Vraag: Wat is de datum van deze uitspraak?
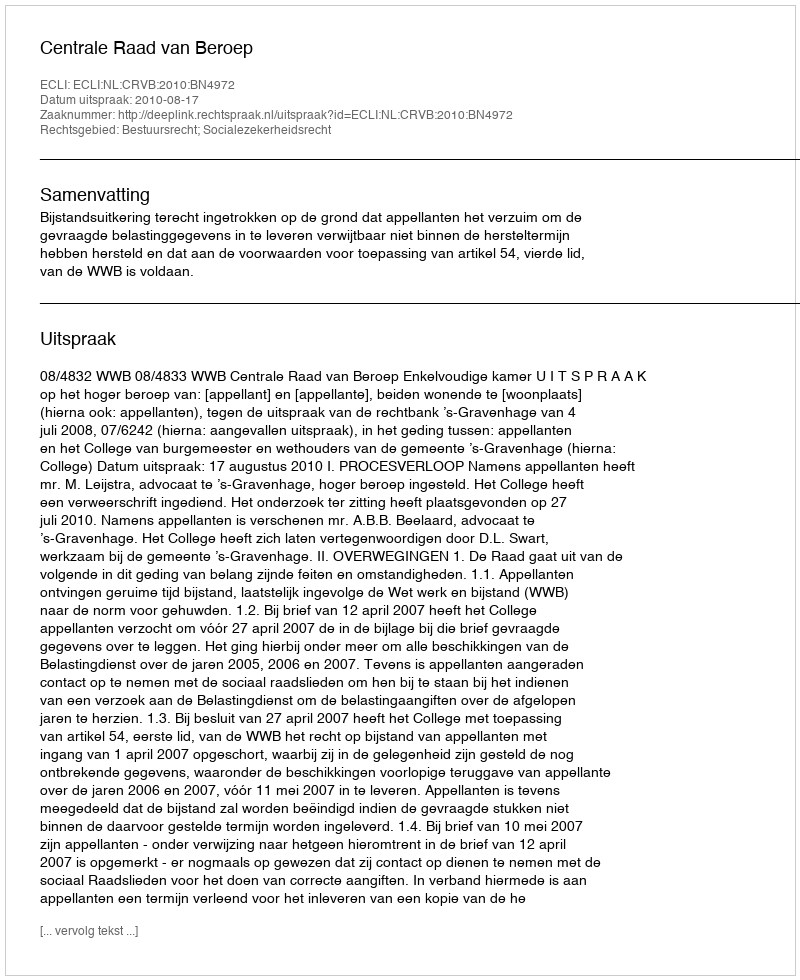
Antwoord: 2010-08-17